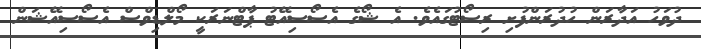
ދުވަހު އަދާރަން ހުދުރަންފުށި ރިސޯޓުގައެވެ. އެ ޝޯގެ އެސޯސިއޭޓު ޕާޓްނަރަކީ މޯލްޑިވްސް އެސޯސިއޭޝަން